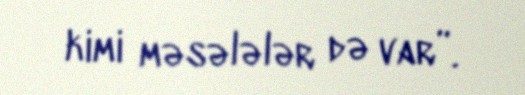
kimi məsələlər də var”.